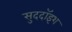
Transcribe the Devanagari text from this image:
सुददॉइश